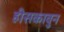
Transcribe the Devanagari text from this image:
हीसकावुन